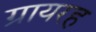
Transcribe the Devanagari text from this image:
ग्रायरह